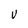
Character: V